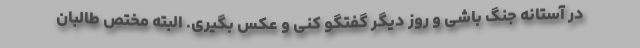
در آستانه جنگ باشی و روز دیگر گفتگو کنی و عکس بگیری. البته مختص طالبان